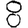
Digit: 8